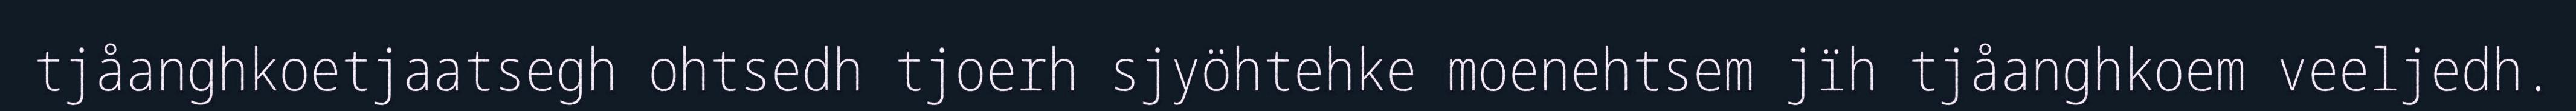
tjåanghkoetjaatsegh ohtsedh tjoerh sjyöhtehke moenehtsem jïh tjåanghkoem veeljedh.